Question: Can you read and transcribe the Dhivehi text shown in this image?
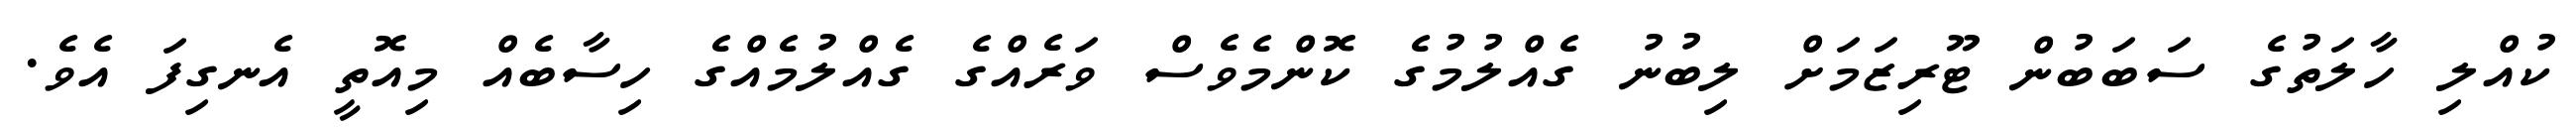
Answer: ކުއްލި ހާލަތުގެ ސަބަބުން ޓޫރިޒަމަށް ލިބުނު ގެއްލުމުގެ ކޮންމެވެސް ވަރެއްގެ ގެއްލުމެއްގެ ހިސާބެއް މިއޮތީ އެނގިފަ އެވެ.